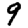
Digit: 9